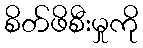
စိတ်ဖိစီးမှုကို